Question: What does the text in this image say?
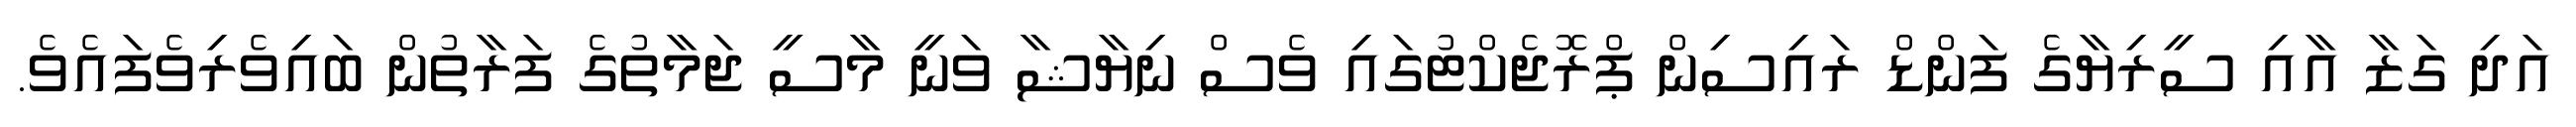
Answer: އަދި ގަޒާ އާއި ސީރިޔާގެ ފަންޑް ރައިސިން ޕްރޮޖެކްޓުގައި ވެސް ނިޔާޝާ ވަނީ މާސީ ޖަމާތުގެ ފަރާތުން ބައިވެރިވެފައެވެ.